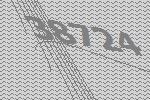
38724